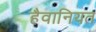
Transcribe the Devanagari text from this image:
हैवानियत